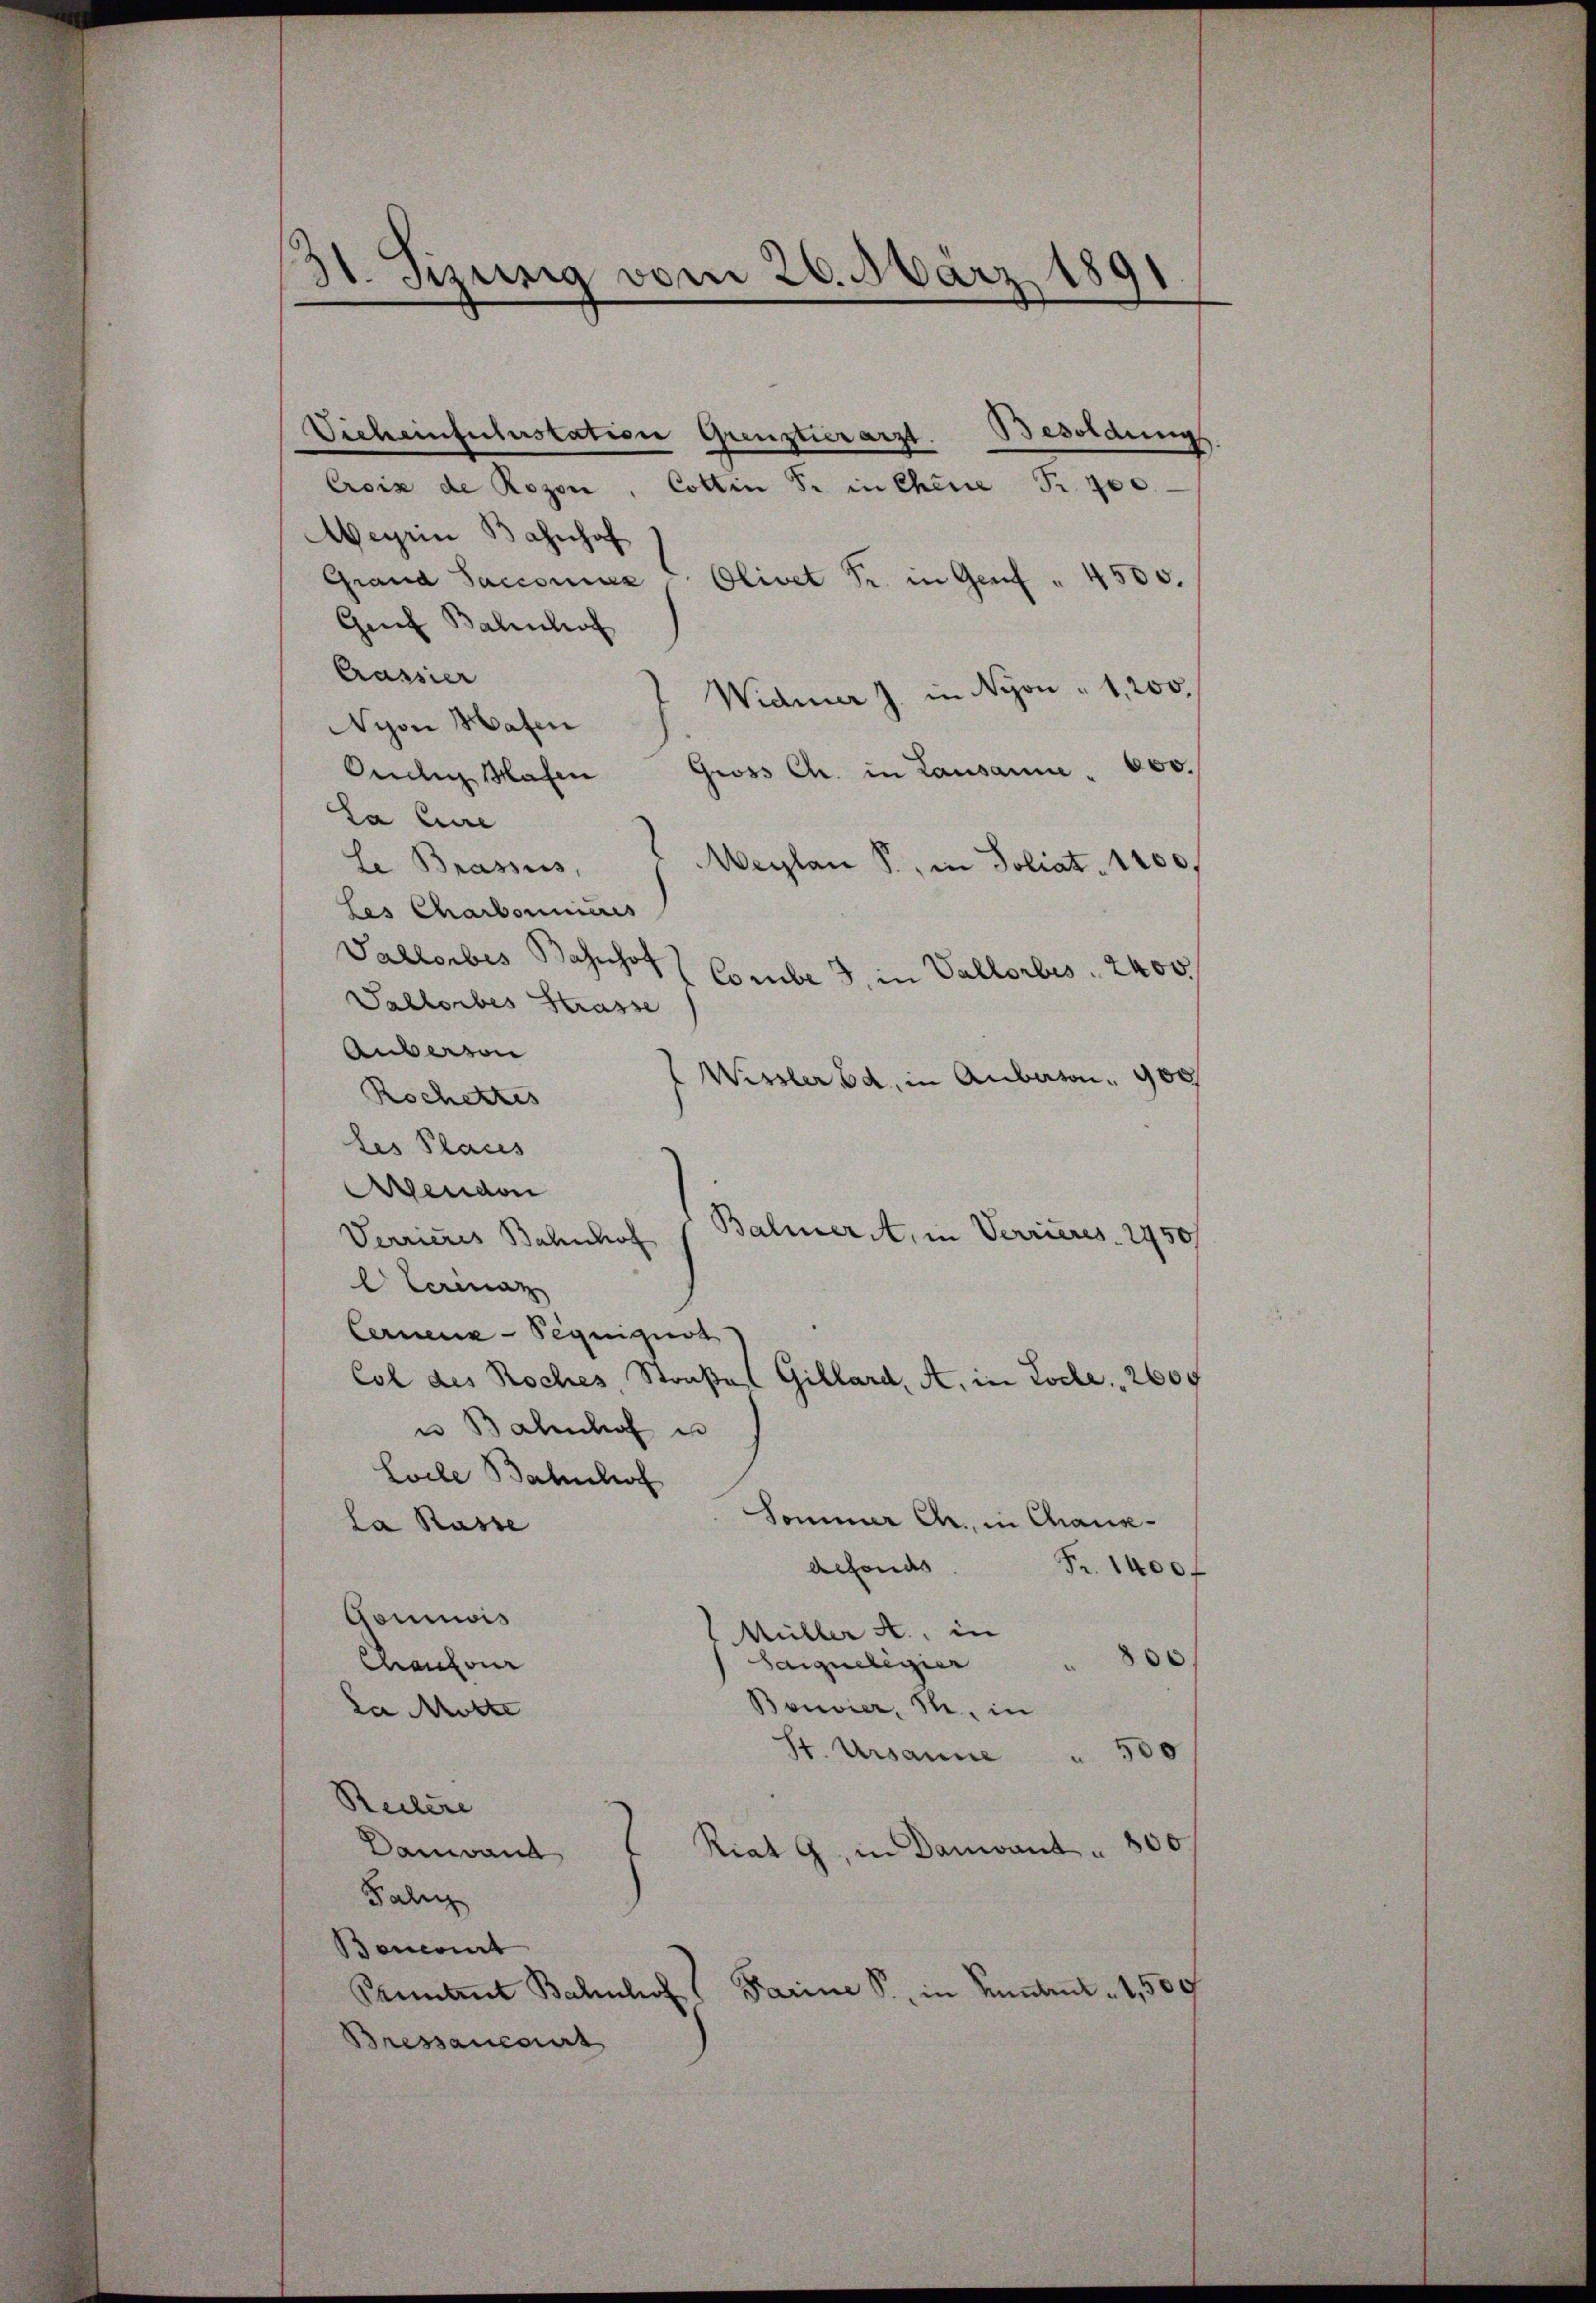
31. Sizung vom 26. März 1891

Vicheinfulerstation Grenztierarzt. Besoldung
—
Croix de Rezen, Cottin S. in Chene Fr. 700.
Weyrin Bahnhof
Grand Saccoraz
Olivet Fr. in Genf " 4500.
Graf Balinhaf
Crassier
Widmer J. in Nyon " 1,200.
Nyon Hafen
Gross Ch. in Lausanne . 600.
Oudlig Hafen
La Eure
Meylen S., in Poliat. 1200f
le Brassus,
Les Charbonnieres
Sallorbes Bahnhof
Combe 3, in Vallorbes 2400
Sallorbes Strasse
Auberson
Wisser Bd. in Auberton 900
Rochertes
des Places
Arenden
Balmer, in Verrieres. 2450/
Verrieres Bahnhof
Clerina
Cernenz-Seguiguss
Col des Roches, Straße
Gillard, A. in Loche, 260 f
u Bahnhof un
Loele Bahnhof
Sommer Chr. in Chaux-
la Rasse
defonds
Fr. 1400f
Gommis
Müller A., in
.
Saiqueligier
Chancour
Bouvier, S. in
Da Motte
00
St. Ursanne
Reitere
0
Damband
Riat G. in Danvant u
Fali
Boncert
Parine S. in Untert. 1,500
Pennant Bahnhof
Bressancourt